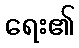
ရေး၏